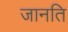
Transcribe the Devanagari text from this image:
जानति